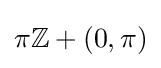
\pi \mathbb {Z} +(0,\pi )